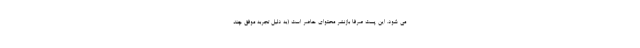
می شود. این پست صرفا بازنشر محتوای حاضر است (به دلیل تجربه موفق چند